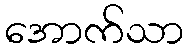
အောက်သာ